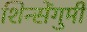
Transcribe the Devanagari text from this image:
शिन्सेंगुमी